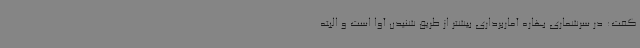
گفت: در سرشماری بهاره آماربرداری‌ بیشتر از طریق شنیدن آوا است و البته